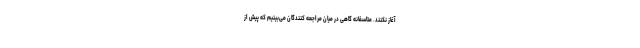
آغاز نکنند. متاسفانه گاهی در میان مراجعه کنندگان می‌بینیم که پیش از